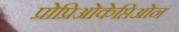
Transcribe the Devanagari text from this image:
प्रोप्रिओकेप्तिओन